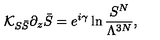
{ \cal K } _ { S \bar { S } } \partial _ { z } \bar { S } = e ^ { i \gamma } \ln \frac { S ^ { N } } { \Lambda ^ { 3 N } } ,